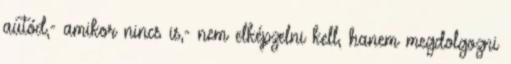
autód,- amikor nincs is,- nem elképzelni kell, hanem megdolgozni